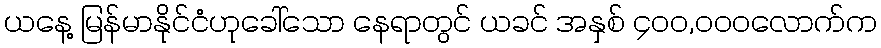
ယနေ့ မြန်မာနိုင်ငံဟုခေါ်သော နေရာတွင် ယခင် အနှစ် ၄၀၀,၀၀၀လောက်က